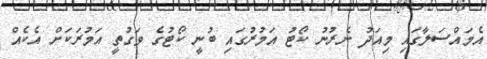
އެމައްސަލާގައި މިއަދު ނެރުނު ކޯޓު އަމުރުގައި ބުނީ ކޯޓުގެ ވަގުތީ އަމުރަކަށް އެކެއް